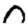
Digit: 0